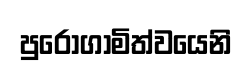
පුරෝගාමිත්වයෙනි